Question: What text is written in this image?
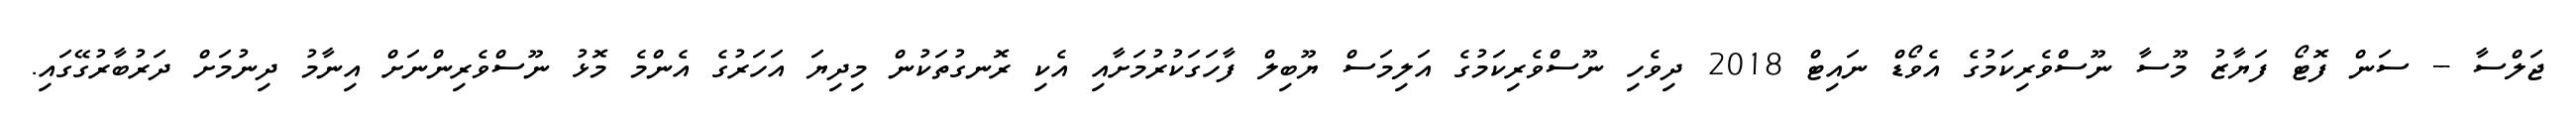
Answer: ޖަލްސާ -- ސަން ފޮޓޯ ފަޔާޒު މޫސާ ނޫސްވެރިކަމުގެ އެވޯޑް ނައިޓް 2018 ދިވެހި ނޫސްވެރިކަމުގެ އަލިމަސް ޔޫބިލް ފާހަގަކުރުމަށާއި އެކި ރޮނގުތަކުން މިދިޔަ އަހަރުގެ އެންމެ މޮޅު ނޫސްވެރިންނަށް އިނާމު ދިނުމަށް ދަރުބާރުގޭގައި.